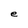
Character: e